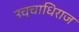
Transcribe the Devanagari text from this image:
उच्चाधिराज